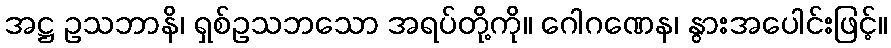
အဋ္ဌ ဥသဘာနိ၊ ရှစ်ဥသဘသော အရပ်တို့ကို။ ဂေါဂဏေန၊ နွားအပေါင်းဖြင့်။